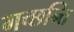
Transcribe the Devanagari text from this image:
गच्छन्ति